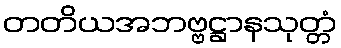
တတိယအဘဗ္ဗဋ္ဌာနသုတ္တံ